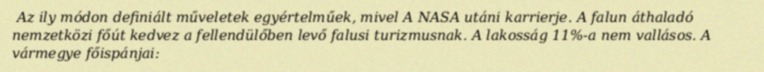
Az ily módon definiált műveletek egyértelműek, mivel A NASA utáni karrierje. A falun áthaladó nemzetközi főút kedvez a fellendülőben levő falusi turizmusnak. A lakosság 11%-a nem vallásos. A vármegye főispánjai: